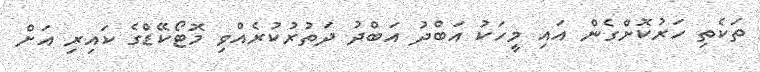
ތަކެތި ހަރުކޮށްގެން އައި މީހަކު އަބްދު އަބްދު ދަތުރުކުރެއްވި މޮޓޯކޭޑްގެ ކައިރި އަށް